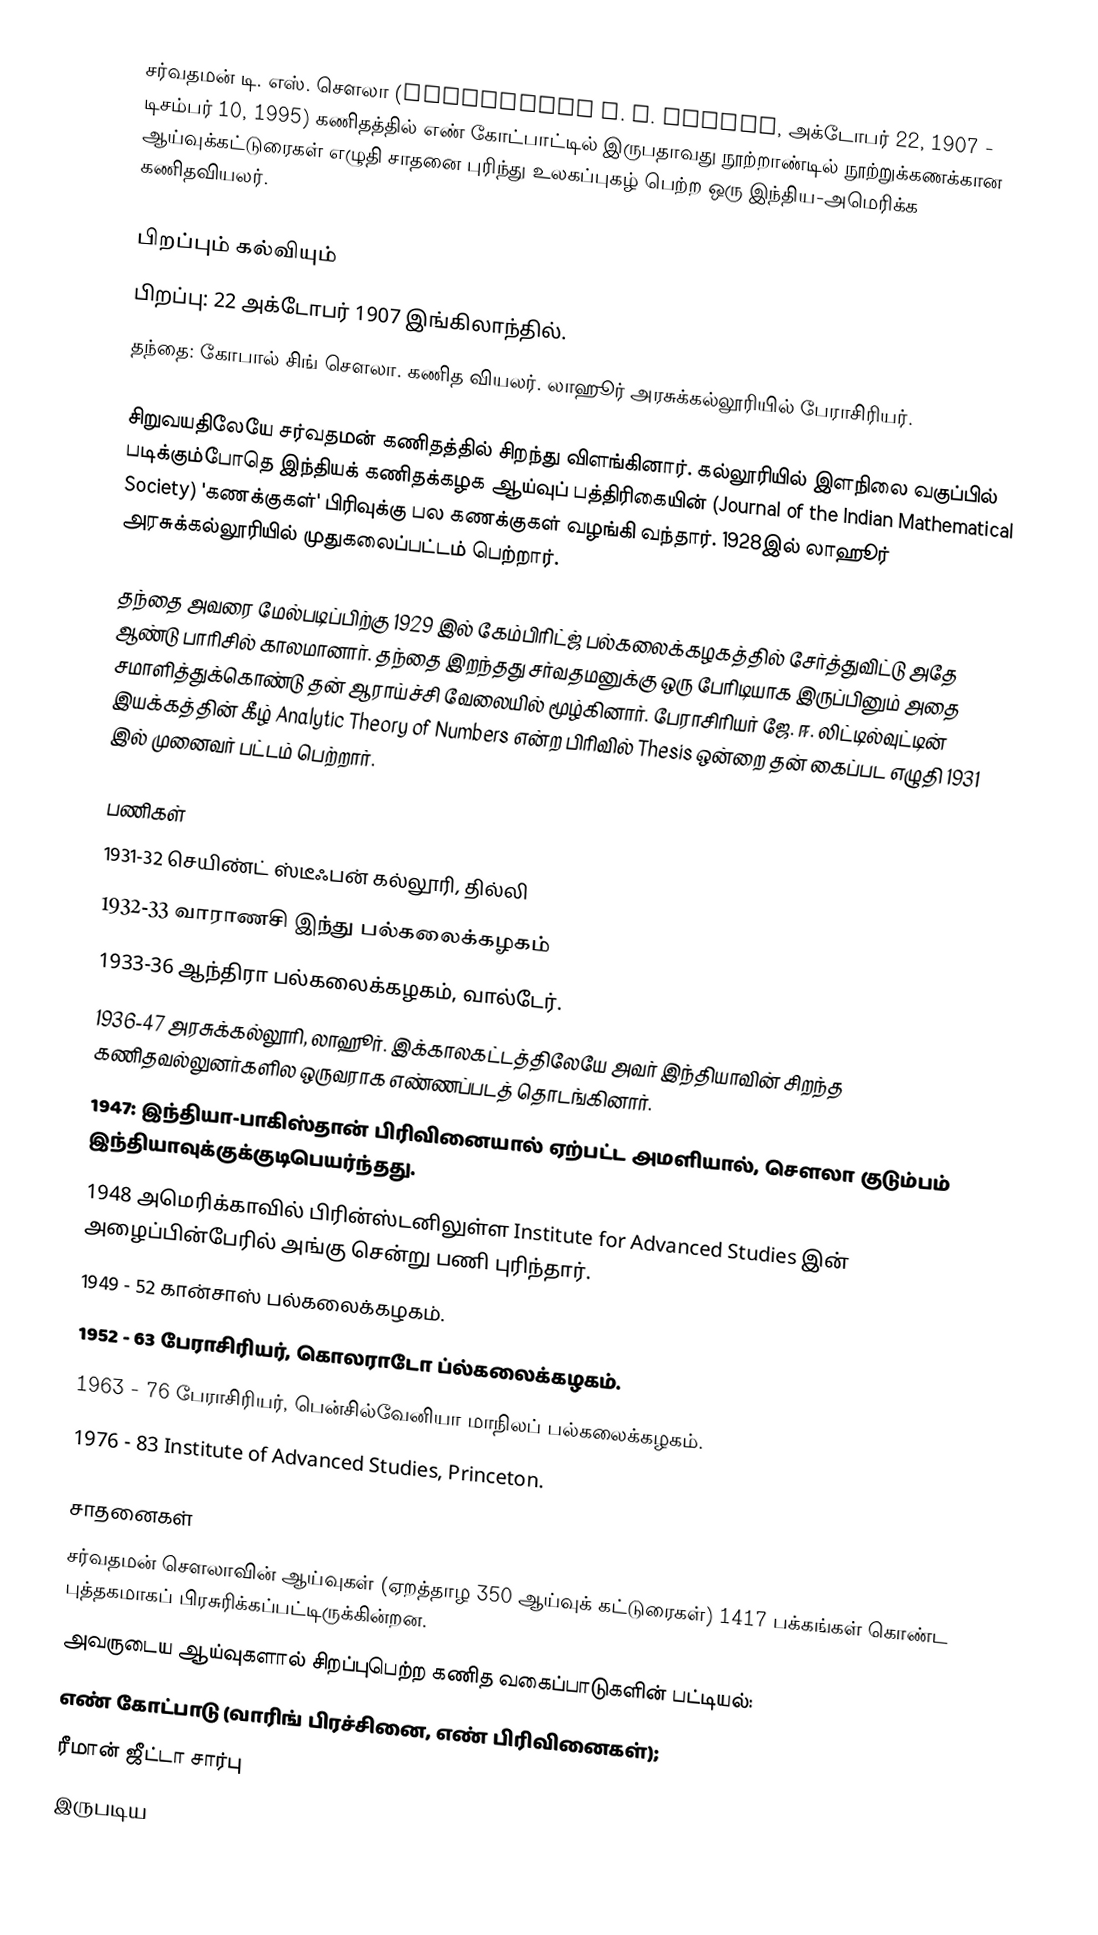
சர்வதமன் டி. எஸ். சௌலா (Sarvadaman D. S. Chowla, அக்டோபர் 22, 1907 - டிசம்பர் 10, 1995) கணிதத்தில் எண் கோட்பாட்டில் இருபதாவது நூற்றாண்டில் நூற்றுக்கணக்கான ஆய்வுக்கட்டுரைகள்  எழுதி சாதனை புரிந்து உலகப்புகழ் பெற்ற ஒரு இந்திய-அமெரிக்க கணிதவியலர்.

பிறப்பும் கல்வியும்
பிறப்பு: 22 அக்டோபர் 1907 இங்கிலாந்தில்.
தந்தை: கோபால் சிங் சௌலா. கணித வியலர். லாஹூர் அரசுக்கல்லூரியில் பேராசிரியர்.

சிறுவயதிலேயே சர்வதமன் கணிதத்தில் சிறந்து விளங்கினார். கல்லூரியில் இளநிலை வகுப்பில் படிக்கும்போதெ இந்தியக் கணிதக்கழக ஆய்வுப் பத்திரிகையின் (Journal of the Indian Mathematical Society) 'கணக்குகள்' பிரிவுக்கு பல கணக்குகள் வழங்கி வந்தார். 1928இல் லாஹூர் அரசுக்கல்லூரியில் முதுகலைப்பட்டம் பெற்றார்.

தந்தை அவரை மேல்படிப்பிற்கு 1929 இல் கேம்பிரிட்ஜ் பல்கலைக்கழகத்தில் சேர்த்துவிட்டு  அதே ஆண்டு பாரிசில் காலமானார். தந்தை இறந்தது சர்வதமனுக்கு ஒரு பேரிடியாக இருப்பினும் அதை சமாளித்துக்கொண்டு தன் ஆராய்ச்சி வேலையில் மூழ்கினார். பேராசிரியர் ஜே. ஈ. லிட்டில்வுட்டின் இயக்கத்தின் கீழ் Analytic Theory of Numbers  என்ற பிரிவில் Thesis ஒன்றை தன் கைப்பட எழுதி 1931 இல் முனைவர் பட்டம் பெற்றார்.

பணிகள்
1931-32 செயிண்ட் ஸ்டீஃபன் கல்லூரி, தில்லி
1932-33 வாராணசி இந்து பல்கலைக்கழகம்
1933-36 ஆந்திரா பல்கலைக்கழகம், வால்டேர்.
1936-47 அரசுக்கல்லூரி, லாஹூர். இக்காலகட்டத்திலேயே அவர் இந்தியாவின் சிறந்த கணிதவல்லுனர்களில ஒருவராக எண்ணப்படத் தொடங்கினார்.
1947: இந்தியா-பாகிஸ்தான் பிரிவினையால் ஏற்பட்ட அமளியால், சௌலா குடும்பம் இந்தியாவுக்குக்குடிபெயர்ந்தது.
1948 அமெரிக்காவில் பிரின்ஸ்டனிலுள்ள Institute for Advanced Studies இன் அழைப்பின்பேரில் அங்கு சென்று பணி புரிந்தார்.
1949 - 52 கான்சாஸ் பல்கலைக்கழகம்.
1952 - 63  பேராசிரியர், கொலராடோ ப்ல்கலைக்கழகம்.
1963 - 76  பேராசிரியர், பென்சில்வேனியா மாநிலப் பல்கலைக்கழகம்.
1976 - 83  Institute of Advanced Studies, Princeton.

சாதனைகள்
சர்வதமன் சௌலாவின் ஆய்வுகள் (ஏறத்தாழ 350 ஆய்வுக் கட்டுரைகள்)  1417 பக்கங்கள் கொண்ட புத்தகமாகப்  பிரசுரிக்கப்பட்டிருக்கின்றன.
அவருடைய ஆய்வுகளால் சிறப்புபெற்ற கணித வகைப்பாடுகளின் பட்டியல்:
எண் கோட்பாடு (வாரிங் பிரச்சினை, எண் பிரிவினைகள்);
ரீமான் ஜீட்டா சார்பு
இருபடிய